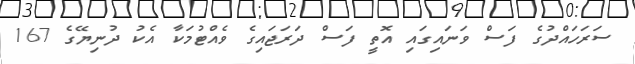
ސަރަހައްދުގެ ފަސް ވަނައިގައި އޮތީ ފަސް ދަރަޖައިގެ ވެއްޓުމަކާ އެކު ދުނިޔޭގެ 167